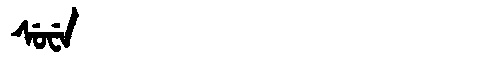
Manchu: ᠰᡠᠸᡝ
Romanization: SUWE